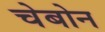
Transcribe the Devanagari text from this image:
चेबोन